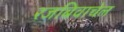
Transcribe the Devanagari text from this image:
रजबिवाचेल